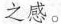
之感。